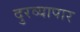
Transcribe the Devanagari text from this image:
दुरव्यापार